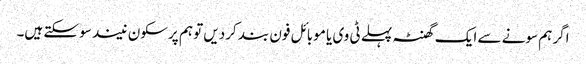
اگر ہم سونے سے ایک گھنٹہ پہلے ٹی وی یا موبائل فون بند کردیں تو ہم پرسکون نیند سو سکتے ہیں۔